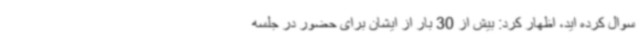
سوال کرده اید، اظهار کرد: بیش از 30 بار از ایشان برای حضور در جلسه